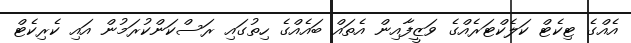
އެއްގެ ޓިކެޓް ކަލެެކްޓަރެއްގެ ވަޒީފާއިން އެތައް ބައެއްގެ ހިތުގައި ރަސްކަންކުރަމުން އައި ކެރިކެޓް